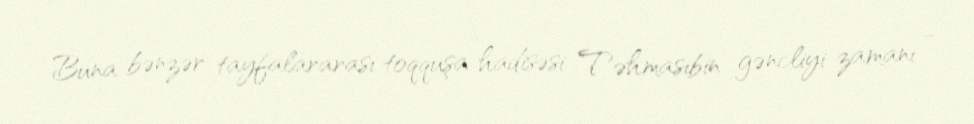
Buna bənzər tayfalararası toqquşa hadisəsi Təhmasibin gəncliyi zamanı -